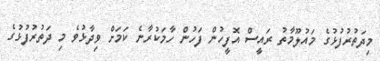
މިދަތުރުފުޅުގެ މައުލޫމާތު ރައީސް އޮފީހުން ފަހުން ހާމަކުރާނެ ކަމަށް ވިދާޅުވެ މި ދަތުރުފުޅުގެ